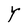
Character: Y